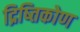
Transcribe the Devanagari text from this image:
द्रिष्तिकोण